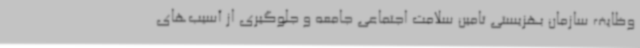
وظایف سازمان بهزیستی تامین سلامت اجتماعی جامعه و جلوگیری از آسیب‌های